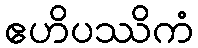
ဧဟိပဿိကံ